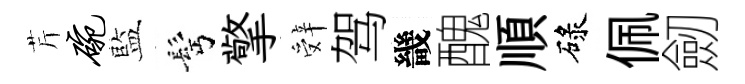
芹碗藍髩擎辤驾畿醜順碌佩劒